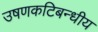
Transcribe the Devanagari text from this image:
उषणकटिबन्धीय